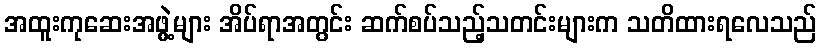
အထူးကုဆေးအဖွဲ့များ အိပ်ရာအတွင်း ဆက်စပ်သည့်သတင်းများက သတိထားရလေသည်